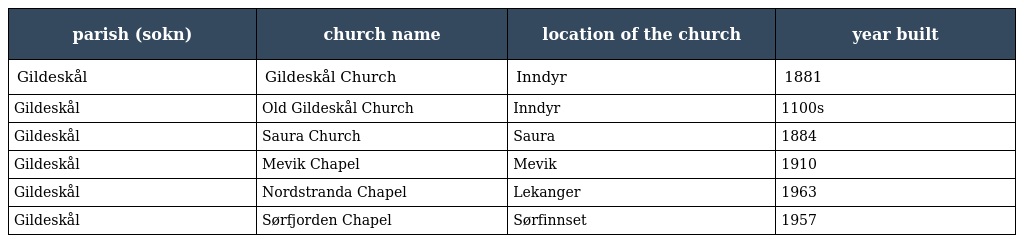
| parish (sokn) | church name | location of the church | year built |
 | --- | --- | --- | --- |
 | Gildeskål | Gildeskål Church | Inndyr | 1881 |
 | Gildeskål | Old Gildeskål Church | Inndyr | 1100s |
 | Gildeskål | Saura Church | Saura | 1884 |
 | Gildeskål | Mevik Chapel | Mevik | 1910 |
 | Gildeskål | Nordstranda Chapel | Lekanger | 1963 |
 | Gildeskål | Sørfjorden Chapel | Sørfinnset | 1957 |